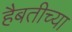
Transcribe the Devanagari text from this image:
हैबतीच्या